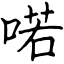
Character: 喏